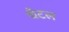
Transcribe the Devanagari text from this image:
चैटल